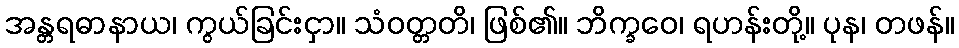
အန္တရဓာနာယ၊ ကွယ်ခြင်းငှာ။ သံဝတ္တတိ၊ ဖြစ်၏။ ဘိက္ခဝေ၊ ရဟန်းတို့။ ပုန၊ တဖန်။